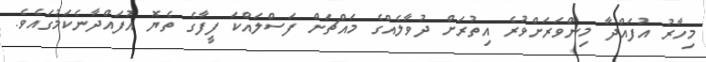
މިހާރު އުފައްދާ މިންވަރަށްވުރެ އިތުރަށް ދުވާލެއްގެ މައްޗަށް ފަސްލައްކަ ފީފާގެ ތެޔޮ އުފައްދާނެކަމުގައެވެ.